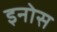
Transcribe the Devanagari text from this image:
इनोस